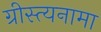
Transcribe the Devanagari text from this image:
ग्रीस्त्यनामा